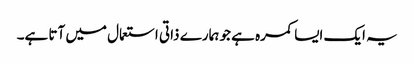
یہ ایک ایسا کمرہ ہے جو ہمارے ذاتی استعمال میں آتا ہے۔